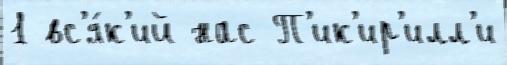
1 вс'я́к'ий нас П'ик'ир'илл'и